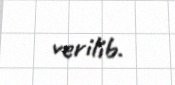
verilib.